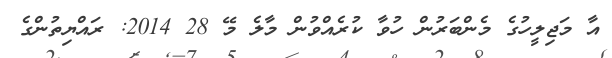
އާ މަޖިލީހުގެ މެންބަރުން ހުވާ ކުރެއްވުން މާލެ މޭ 28 2014: ރައްޔިތުންގެ